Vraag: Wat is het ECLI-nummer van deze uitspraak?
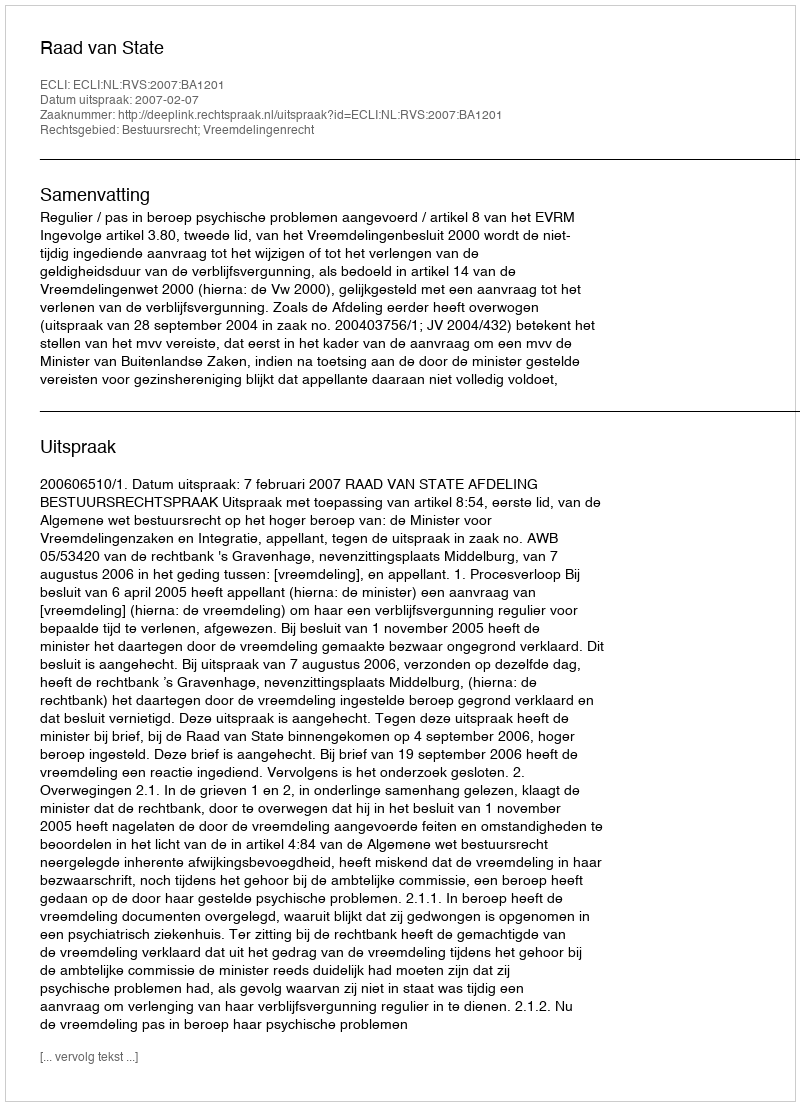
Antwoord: ECLI:NL:RVS:2007:BA1201